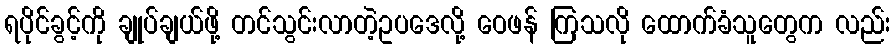
ရပိုင်ခွင့်ကို ချုပ်ချယ်ဖို့ တင်သွင်းလာတဲ့ဥပဒေလို့ ဝေဖန် ကြသလို ထောက်ခံသူတွေက လည်း